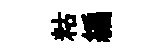
䊀編